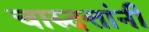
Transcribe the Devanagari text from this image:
चारुदत्तांनी